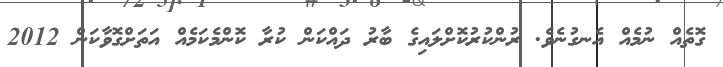
ގޮތެއް ނުމެއް އެނގުނެވެ. ރުންކުރުކޮށްލައިގެ ބާރު ދައްކަން ކުރާ ކޮންމެކަމެއް އަތަށްގޮވާކަން 2012